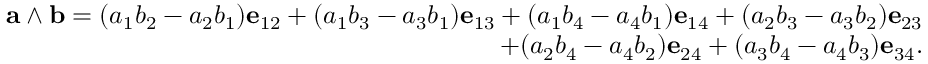
{ \begin{array} { r } { \mathbf { a } \wedge \mathbf { b } = ( a _ { 1 } b _ { 2 } - a _ { 2 } b _ { 1 } ) \mathbf { e } _ { 1 2 } + ( a _ { 1 } b _ { 3 } - a _ { 3 } b _ { 1 } ) \mathbf { e } _ { 1 3 } + ( a _ { 1 } b _ { 4 } - a _ { 4 } b _ { 1 } ) \mathbf { e } _ { 1 4 } + ( a _ { 2 } b _ { 3 } - a _ { 3 } b _ { 2 } ) \mathbf { e } _ { 2 3 } } \\ { + ( a _ { 2 } b _ { 4 } - a _ { 4 } b _ { 2 } ) \mathbf { e } _ { 2 4 } + ( a _ { 3 } b _ { 4 } - a _ { 4 } b _ { 3 } ) \mathbf { e } _ { 3 4 } . } \end{array} }